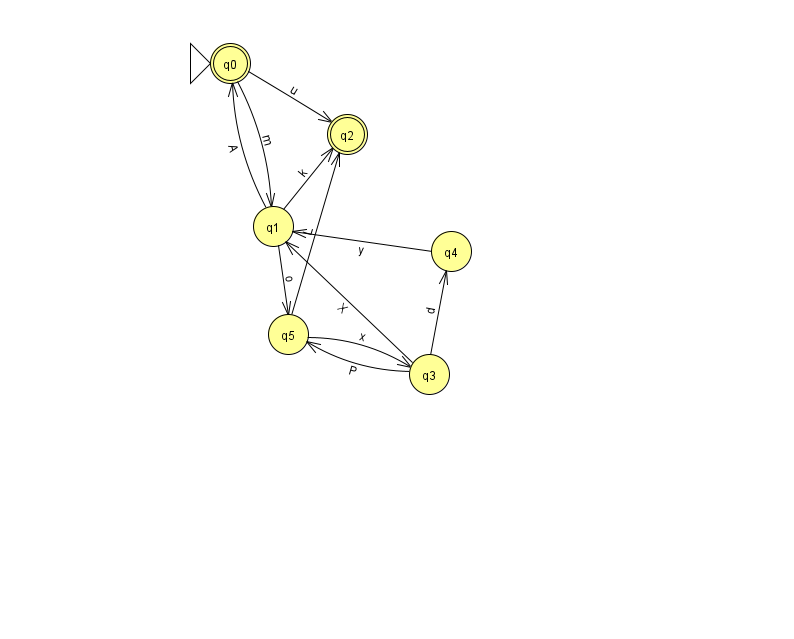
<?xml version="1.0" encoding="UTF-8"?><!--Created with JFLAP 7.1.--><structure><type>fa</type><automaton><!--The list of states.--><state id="0" name="q0"><x>230.0</x><y>50.0</y><initial/><final/></state><state id="1" name="q1"><x>273.0</x><y>213.0</y></state><state id="2" name="q2"><x>347.0</x><y>121.0</y><final/></state><state id="3" name="q3"><x>429.0</x><y>361.0</y></state><state id="4" name="q4"><x>451.0</x><y>238.0</y></state><state id="5" name="q5"><x>288.0</x><y>321.0</y></state><!--The list of transitions.--><transition><from>0</from><to>2</to><read>u</read></transition><transition><from>1</from><to>2</to><read>k</read></transition><transition><from>1</from><to>5</to><read>o</read></transition><transition><from>5</from><to>3</to><read>x</read></transition><transition><from>4</from><to>1</to><read>y</read></transition><transition><from>0</from><to>1</to><read>m</read></transition><transition><from>3</from><to>4</to><read>d</read></transition><transition><from>3</from><to>5</to><read>P</read></transition><transition><from>5</from><to>2</to><read>L</read></transition><transition><from>1</from><to>0</to><read>A</read></transition><transition><from>3</from><to>1</to><read>X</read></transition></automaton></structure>